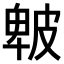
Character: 𤿾